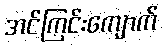
အင်ကြင်းကျောက်